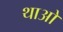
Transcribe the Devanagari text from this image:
थाओ